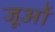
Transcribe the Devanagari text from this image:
जूओं